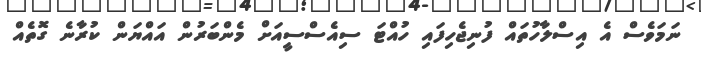
ނަމަވެސް އެ އިސްލާހުތައް ފުނިޖެހިފައި ހުއްޓަ ސިއެސްސީއަށް މެންބަރުން އައްޔަން ކުރާނެ ގޮތެއް